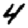
Digit: 4